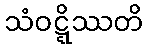
သံဝဋ္ဋိဿတိ